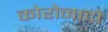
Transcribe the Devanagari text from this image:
कोरोनादो